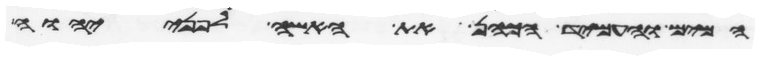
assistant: המים והעמיד הכהן את האשה לפני יהוה